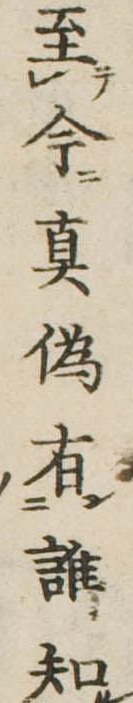
至今真偽有誰知